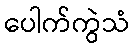
ပေါက်ကွဲသံ